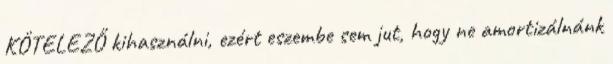
KÖTELEZŐ kihasználni, ezért eszembe sem jut, hogy ne amortizálnánk